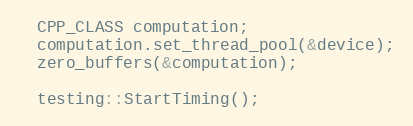
Language: C++
  CPP_CLASS computation;
  computation.set_thread_pool(&device);
  zero_buffers(&computation);

  testing::StartTiming();